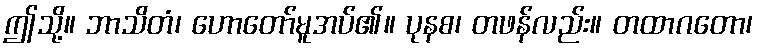
ဤသို့။ ဘာသိတံ၊ ဟောတော်မူအပ်၏။ ပုနစ၊ တဖန်လည်း။ တထာဂတော၊